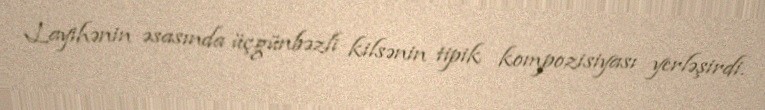
Layihənin əsasında üçgünbəzli kilsənin tipik kompozisiyası yerləşirdi.